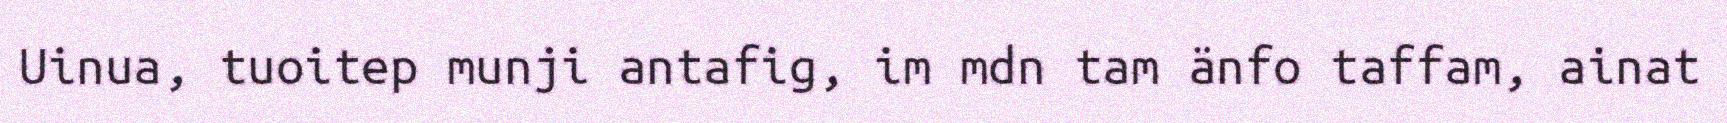
Uinua, tuoitep munji antafig, im mdn tam änfo taffam, ainat